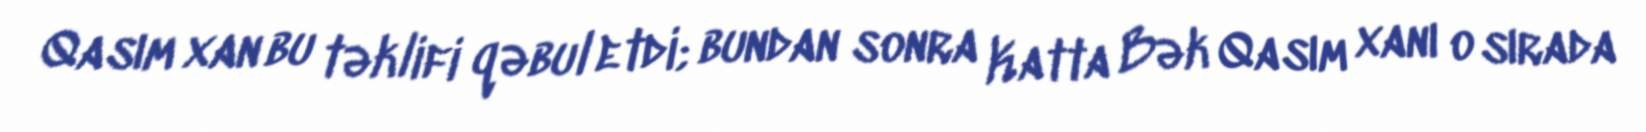
Qasım xan bu təklifi qəbul etdi; bundan sonra Katta Bək Qasım xanı o sırada